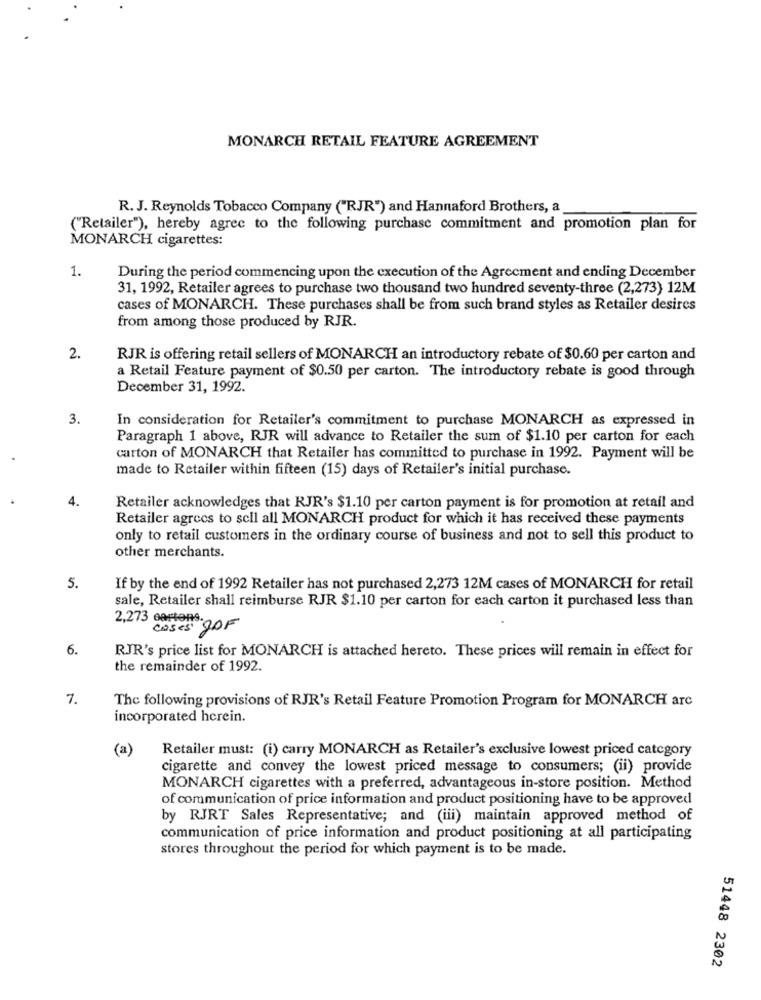
MONARCH RETAIL FEATURE AGREEMENT
R. J. Reynolds Tobacco Company ("RJR") and Hannaford Brothers, a
("Retailer"), hereby agree to the following purchase commitment and promotion plan for
MONARCH cigarettes:
1.
During the period commencing upon the execution of the Agreement and ending December
31, 1992, Retailer agrees to purchase two thousand two hundred seventy-three (2,273) 12M
cases of MONARCH. These purchases shall be from such brand styles as Retailer desires
from among those produced by RJR.
2.
RJR is offering retail sellers of MONARCH an introductory rebate of $0.60 per carton and
a Retail Feature payment of $0.50 per carton. The introductory rebate is good through
December 31, 1992.
3.
In consideration for Retailer's commitment to purchase MONARCH as expressed in
Paragraph 1 above, RJR will advance to Retailer the sum of $1.10 per carton for each
carton of MONARCH that Retailer has committed to purchase in 1992. Payment will be
made to Retailer within fifteen (15) days of Retailer's initial purchase.
4.
Retailer acknowledges that RJR's $1.10 per carton payment is for promotion at retail and
Retailer agrees to sell all MONARCH product for which it has received these payments
only to retail customers in the ordinary course of business and not to sell this product to
other merchants.
5.
If by the end of 1992 Retailer has not purchased 2,273 12M cases of MONARCH for retail
sale, Retailer shall reimburse RJR $1.10 per carton for each carton it purchased less than
2,273 cartons. OF
6.
RJR's price list for MONARCH is attached hereto. These prices will remain in effect for
the remainder of 1992.
1.
The following provisions of RJR's Retail Feature Promotion Program for MONARCH arc
incorporated herein.
(a)
Retailer must: (i) carry MONARCH as Retailer's exclusive lowest priced category
cigarette and convey the lowest priced message to consumers; (ii) provide
MONARCH cigarettes with a preferred, advantageous in-store position. Method
of communication of price information and product positioning have to be approved
by RJRT Sales Representative; and (iii) maintain approved method of
communication of price information and product positioning at all participating
stores throughout the period for which payment is to be made.
51448 2302